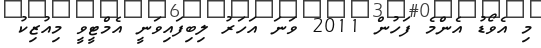
މި އެވޯޑު އެންމެ ފަހުން 2011 ވަނަ އަހަރު ލިބިފައިވަނީ އެމްޓީވީ މިއުޒިކު